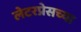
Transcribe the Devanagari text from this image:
लेटरप्रेसच्या